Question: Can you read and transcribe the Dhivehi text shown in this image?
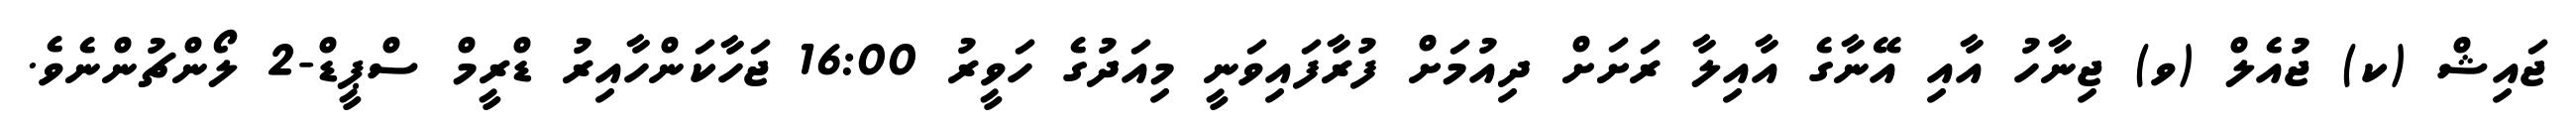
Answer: ޖައިޝް (ކ) ޖުއެލް (ވ) ޖިނާހު އާއި އޭނާގެ އާއިލާ ރަށަށް ދިއުމަށް ފުރާފައިވަނީ މިއަދުގެ ހަވީރު 16:00 ޖަހާކަންހާއިރު ޑްރީމް ސްޕީޑް-2 ލޯންޗުންނެވެ.